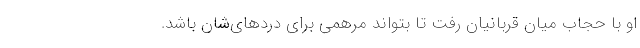
او با حجاب میان قربانیان رفت تا بتواند مرهمی برای دردهای‌شان باشد.